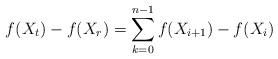
\begin{align*}f(X_t)-f(X_r) = \sum_{k=0}^{n-1}f(X_{i+1})-f(X_i)\end{align*}